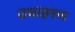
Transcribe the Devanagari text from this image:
उधाहरण